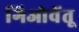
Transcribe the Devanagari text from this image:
गिओवेंतू